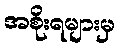
အစိုးရများမှ